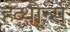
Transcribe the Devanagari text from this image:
हव्थोर्न्स्